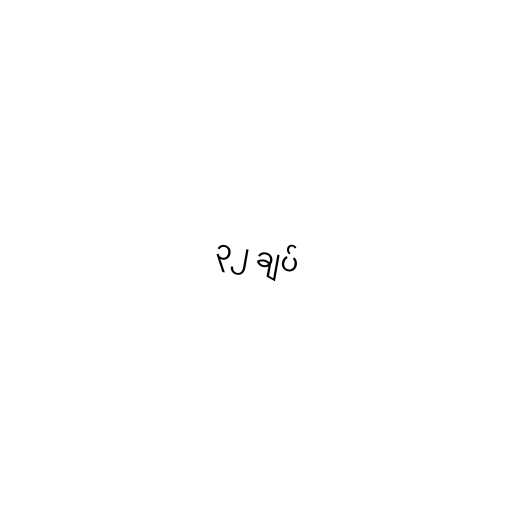
၃၂ ချပ်